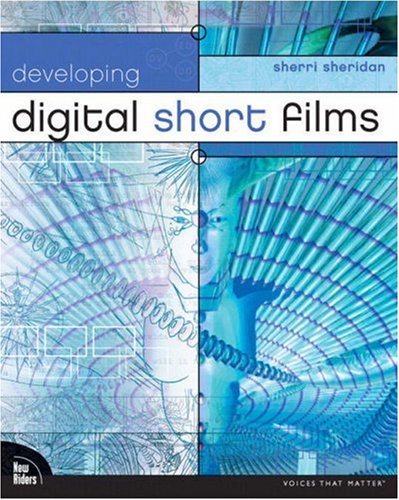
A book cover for Developing Digital Short Films (Voices that Matter); Sherri Sheridan; Humor & Entertainment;